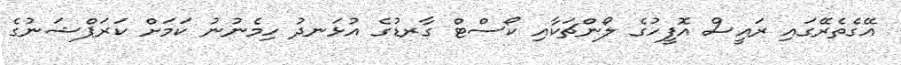
އޭގެތެރޭގައި ރައީސް އޮފީހުގެ ލޯންޗަކާއި ކޯސްޓް ގާރޑުގެ އުޅަނދު ހިމެނުނު ކަމަށް ކަރަޕްޝަނުގެ